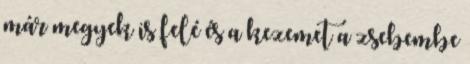
már megyek is felé és a kezemet a zsebembe